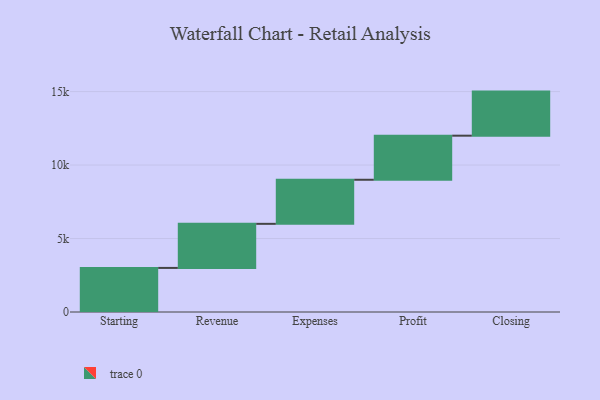
{"axis": {"x": "Step", "y": "Value"}, "legend": [""], "data": [{"x": "Starting", "y": 3000, "type": ""}, {"x": "Revenue", "y": 3000, "type": ""}, {"x": "Expenses", "y": 3000, "type": ""}, {"x": "Profit", "y": 3000, "type": ""}, {"x": "Closing", "y": 3000, "type": ""}]}